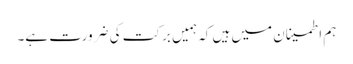
ہم اطمینان میں ہیں کہ ہمیں برکت کی ضرورت ہے۔